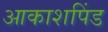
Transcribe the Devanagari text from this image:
आकाशपिंड